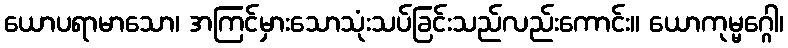
ယောပရာမာသော၊ အကြင်မှားသောသုံးသပ်ခြင်းသည်လည်းကောင်း။ ယောကုမ္မဂ္ဂေါ၊